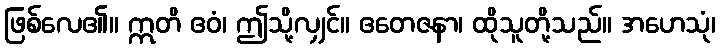
ဖြစ်လေ၏။ ဣတိ ဧဝံ၊ ဤသို့လျှင်။ ဧတေဇနာ၊ ထိုသူတို့သည်။ အဟေသုံ၊